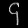
Digit: ၄